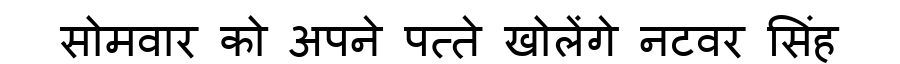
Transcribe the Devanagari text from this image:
सोमवार को अपने पत्ते खोलेंगे नटवर सिंह